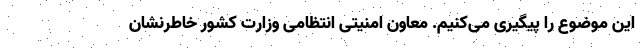
این موضوع را پیگیری می‌کنیم. معاون امنیتی انتظامی وزارت کشور خاطرنشان